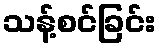
သန့်စင်ခြင်း